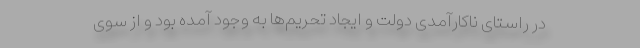
در راستای ناکارآمدی دولت و ایجاد تحریم‌ها به وجود آمده بود و از سوی